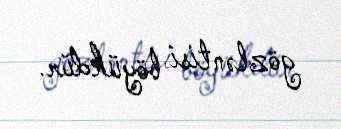
gözləntisi böyükdür.